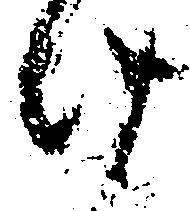
け